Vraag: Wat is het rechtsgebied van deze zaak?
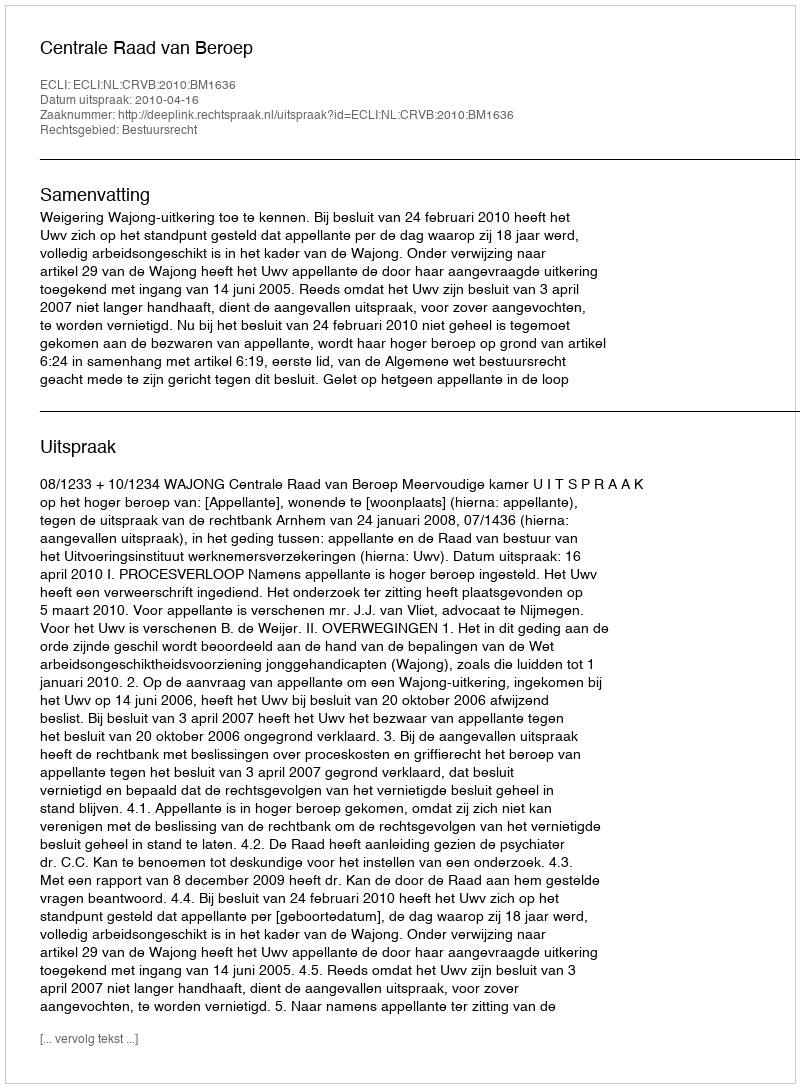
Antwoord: Bestuursrecht